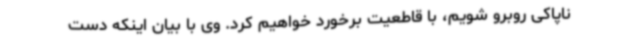
ناپاکی روبرو شویم، با قاطعیت برخورد خواهیم کرد. وی با بیان اینکه دست